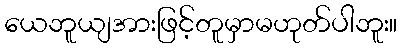
ယေဘူယျအားဖြင့်တူမှာမဟုတ်ပါဘူး။